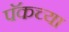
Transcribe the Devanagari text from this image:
पॅकच्या